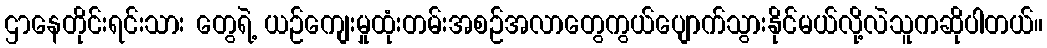
ဌာနေတိုင်းရင်းသား တွေရဲ့ ယဉ်ကျေးမှုထုံးတမ်းအစဉ်အလာတွေကွယ်ပျောက်သွားနိုင်မယ်လို့လဲသူကဆိုပါတယ်။